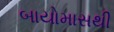
બાયોમાસથી